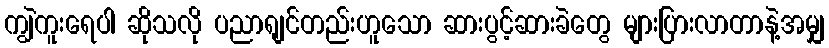
ကျွဲကူးရေပါ ဆိုသလို ပညာရျင်တည်းဟူသော ဆားပွင့်ဆားခဲတွေ များပြားလာတာနဲ့အမျှ